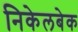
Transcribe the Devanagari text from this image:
निकेलबेक